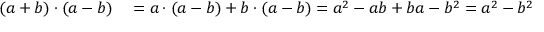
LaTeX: \begin{array} { r l } { ( a + b ) \cdot ( a - b ) } & { { } = a \cdot ( a - b ) + b \cdot ( a - b ) = a ^ { 2 } - a b + b a - b ^ { 2 } = a ^ { 2 } - b ^ { 2 } } \end{array}